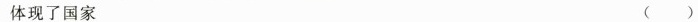
体现了国家 ()